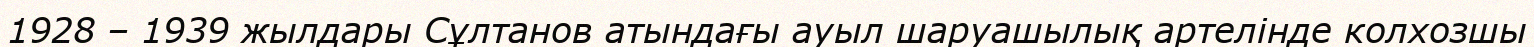
1928 – 1939 жылдары Сұлтанов атындағы ауыл шаруашылық артелінде колхозшы